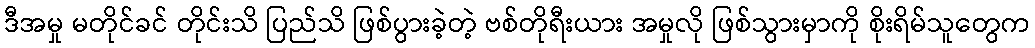
ဒီအမှု မတိုင်ခင် တိုင်းသိ ပြည်သိ ဖြစ်ပွားခဲ့တဲ့ ဗစ်တိုရီးယား အမှုလို ဖြစ်သွားမှာကို စိုးရိမ်သူတွေက